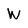
Character: W